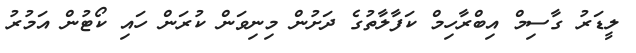
ލީޑަރު ގާސިމް އިބްރާހިމް ކަފާލާތުގެ ދަށުން މިނިވަން ކުރަން ހައި ކޯޓުން އަމުރު